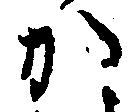
か